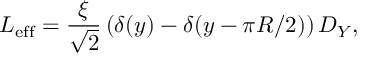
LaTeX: { \cal L } _ { \mathrm { e f f } } = { \frac { \xi } { \sqrt { 2 } } } \left( \delta ( y ) - \delta ( y - \pi R / 2 ) \right) D _ { Y } ,